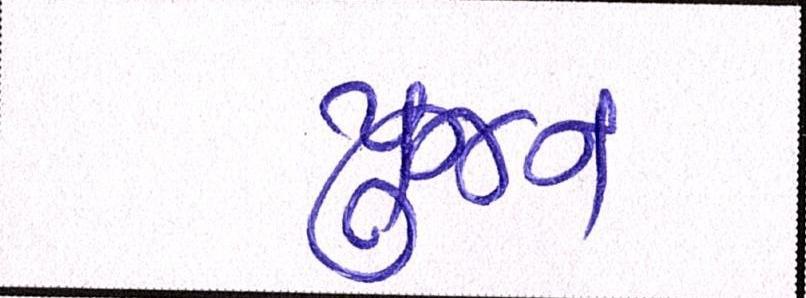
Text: પુજન